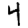
Digit: 4